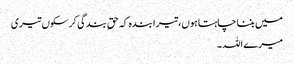
میں بننا چاہتا ہوں،تیرا بندہ کہ حقِ بندگی کر سکوں تیری
میرے اللہ ۔